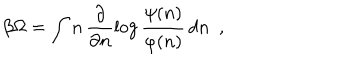
LaTeX: \beta \Omega = \int n \, \frac { \partial } { \partial n } \log \frac { \psi ( n ) } { \varphi ( n ) } \, d n \ \ ,